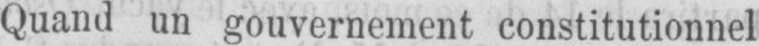
Quand un gouvernement constitutionnel